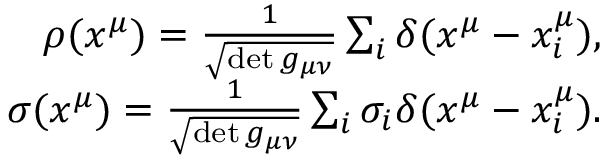
\begin{array} { r } { \rho ( x ^ { \mu } ) = \frac { 1 } { \sqrt { \operatorname* { d e t } g _ { \mu \nu } } } \sum _ { i } \delta ( x ^ { \mu } - x _ { i } ^ { \mu } ) , } \\ { \sigma ( x ^ { \mu } ) = \frac { 1 } { \sqrt { \operatorname* { d e t } g _ { \mu \nu } } } \sum _ { i } \sigma _ { i } \delta ( x ^ { \mu } - x _ { i } ^ { \mu } ) . } \end{array}